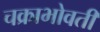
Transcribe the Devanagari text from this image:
चक्राभोवती